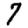
Digit: 7